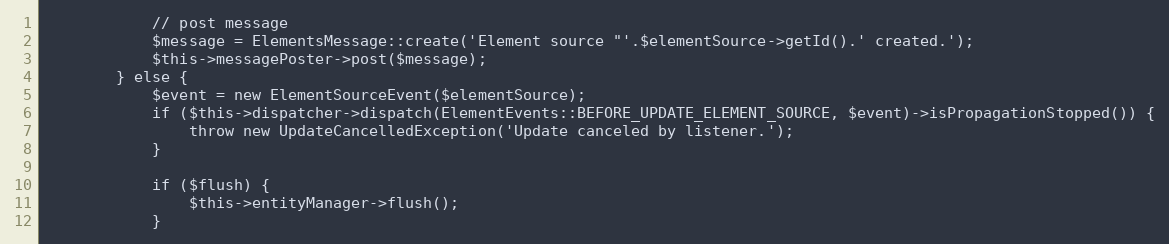
Language: PHP
            // post message
            $message = ElementsMessage::create('Element source "'.$elementSource->getId().' created.');
            $this->messagePoster->post($message);
        } else {
            $event = new ElementSourceEvent($elementSource);
            if ($this->dispatcher->dispatch(ElementEvents::BEFORE_UPDATE_ELEMENT_SOURCE, $event)->isPropagationStopped()) {
                throw new UpdateCancelledException('Update canceled by listener.');
            }

            if ($flush) {
                $this->entityManager->flush();
            }